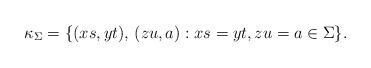
LaTeX: \begin{align*}\kappa_{\Sigma}=\{ (xs,yt),\, (zu,a):xs=yt, zu=a\in \Sigma\}.\end{align*}